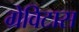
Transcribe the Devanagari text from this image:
ग्रेविटास